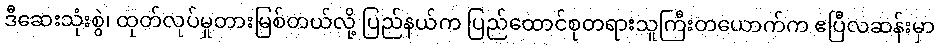
ဒီဆေးသုံးစွဲ၊ ထုတ်လုပ်မှုတားမြစ်တယ်လို့ ပြည်နယ်က ပြည်ထောင်စုတရားသူကြီးတယောက်က ဧပြီလဆန်းမှာ